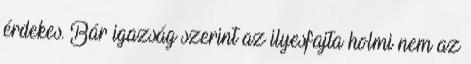
érdekes. Bár igazság szerint az ilyesfajta holmi nem az